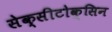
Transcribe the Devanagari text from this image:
सेक्सीटोक्सिन